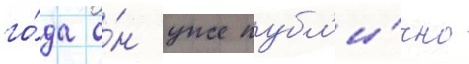
го́да о́н уже публ'и́чно